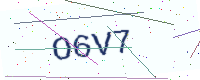
Text: O6V7